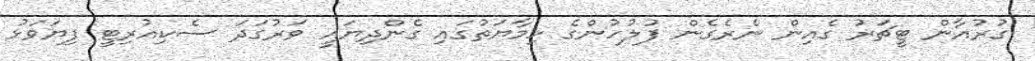
ގުރުއާން ޓީޗަރު ގެއިން ނެރެގެން ފުލުހުންގެ ހިމާޔަތުގައި ގެންދިޔައީ ވަރުގަދަ ސެކިއުރިޓީ ފިޔަވަޅު